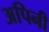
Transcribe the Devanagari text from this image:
अपिनी